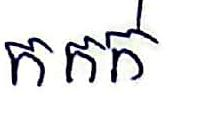
កកក់